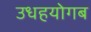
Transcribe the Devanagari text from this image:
उधहयोगब